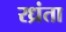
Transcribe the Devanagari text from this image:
रध्रंता